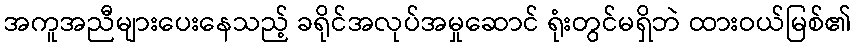
အကူအညီများပေးနေသည့် ခရိုင်အလုပ်အမှုဆောင် ရုံးတွင်မရှိဘဲ ထားဝယ်မြစ်၏